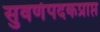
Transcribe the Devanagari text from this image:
सुवर्णपदकप्राप्त